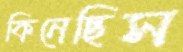
কিনেছিস